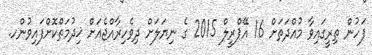
ފަހުން ތިރީގައިވާ މުއްދަތަށް 16 އޭޕްރީލް 2015 ގެ ނިޔަލަށް ދިވެހިރާއްޖެއަށް ޚިދުމަތްކޮށްފައިވުންހ.